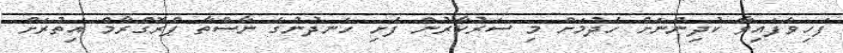
ފަހިވެފައިވާ ކުދިންނަށް ހެދުމަށް މި ސަރުކާރުން ފެށި ހެނދުނުގެ ނާސްތާ ޕްރޮގްރާމް އިތުރަށް